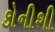
કોનીશી